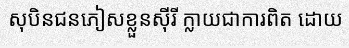
សុបិនជនភៀសខ្លួនស៊ីរី ក្លាយជាការពិត ដោយ